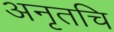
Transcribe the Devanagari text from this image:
अनृतचि